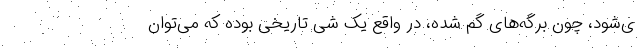
ی‌شود، چون برگه‌های گم شده، در واقع یک شی تاریخی بوده که می‌توان